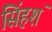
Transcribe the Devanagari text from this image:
सिंहशं